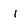
Character: i